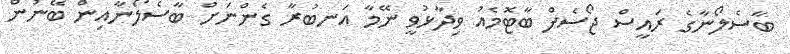
ބާސެލޯނާގެ ރައީސް ޖޯސެފް ބާޓޮމެއު ވިދާޅުވީ ނޭމާ އަނބުރާ ގެންނަށް ބާސެލޯނާއިން ބޭނުން